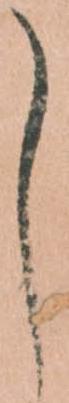
し